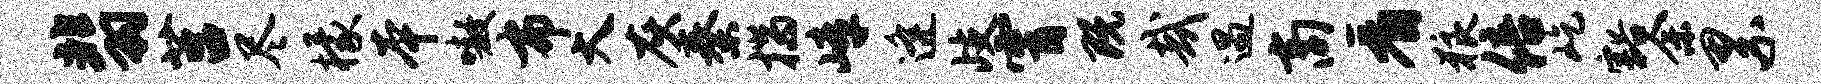
翡莒尽檬本嗷布大灰秦揣嶂逄歧霄既哉遇商看狼倍屹豁余累